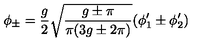
\phi _ { \pm } = \frac { g } { 2 } \sqrt { \frac { g \pm \pi } { \pi ( 3 g \pm 2 \pi ) } } ( \phi _ { 1 } ^ { \prime } \pm \phi _ { 2 } ^ { \prime } )